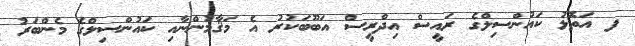
ފ އަތޮޅު ކައުންސިލްގެ ރައީސް އިދްރީސް އަބޫބަކުރު އެ މަޤާމުންނާއި ކައުންސިލްގެ މެންބަރު